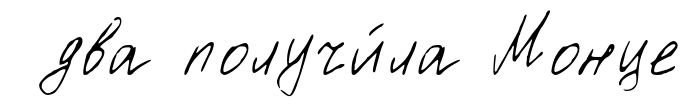
два получи́ла Монце